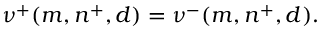
\nu ^ { + } ( m , n ^ { + } , d ) = \nu ^ { - } ( m , n ^ { + } , d ) .